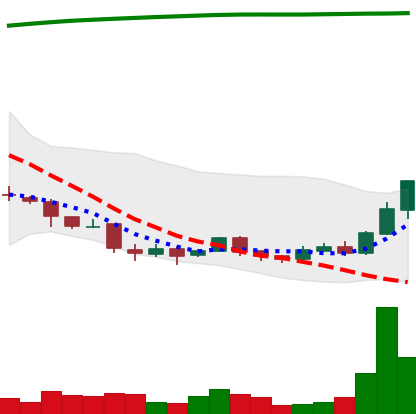
Ticker: DOGE-USD
Chart end date: 2018-04-12
Forward return: 24.908%
Label: up_7plus